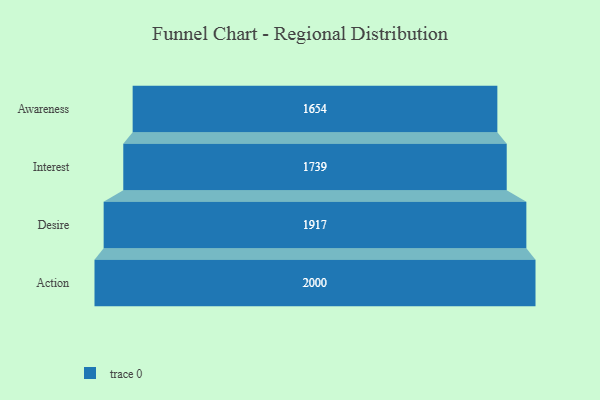
{"axis": {"x": "Stage", "y": "Value"}, "legend": [""], "data": [{"x": "Awareness", "y": 1654.0, "type": ""}, {"x": "Interest", "y": 1739.0, "type": ""}, {"x": "Desire", "y": 1917.0, "type": ""}, {"x": "Action", "y": 2000, "type": ""}]}